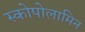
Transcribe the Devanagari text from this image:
स्कोपोलामिन